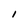
Character: l